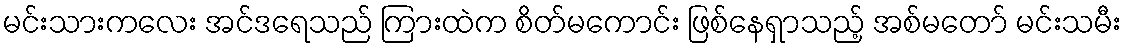
မင်းသားကလေး အင်ဒရေသည် ကြားထဲက စိတ်မကောင်း ဖြစ်နေရှာသည့် အစ်မတော် မင်းသမီး